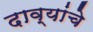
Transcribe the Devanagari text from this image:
दाव्यांचे